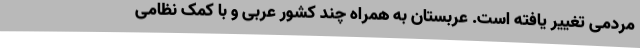
مردمی تغییر یافته است. عربستان به همراه چند کشور عربی و با کمک نظامی